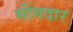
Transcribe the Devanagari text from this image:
सींगदार